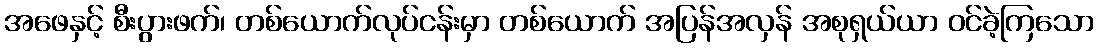
အဖေနှင့် စီးပွားဖက်၊ တစ်ယောက်လုပ်ငန်းမှာ တစ်ယောက် အပြန်အလှန် အစုရှယ်ယာ ဝင်ခဲ့ကြသော